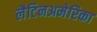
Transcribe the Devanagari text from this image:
लैटिनअमेरिका